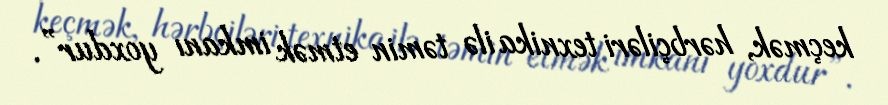
keçmək, hərbçiləri texnika ilə təmin etmək imkanı yoxdur”.